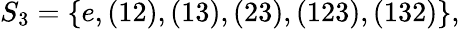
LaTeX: S_{3}=\{ e,(12),(13),(23),(123),(132)\} ,